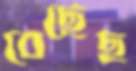
বেছেছ